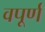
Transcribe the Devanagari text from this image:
वपूर्ण